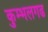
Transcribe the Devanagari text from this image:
कुम्‍भलगढ